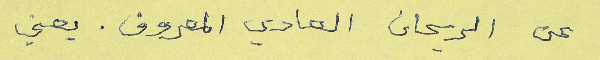
عن الريحان العادي المعروف. يعني